Civil Veterinary Department Bihar & Orissa reports 1929-36 - 1929-1936
Year: 1929
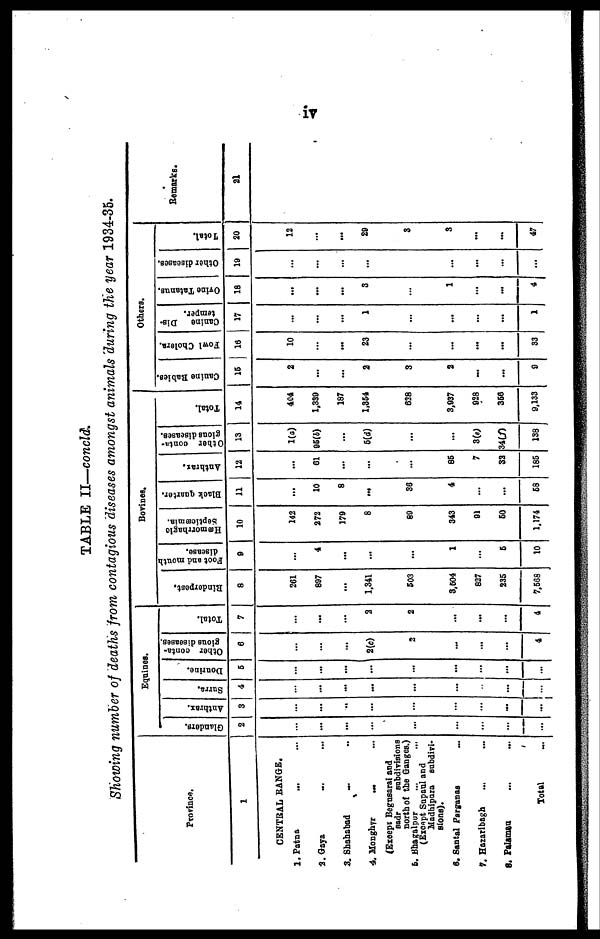
iv
TABLE II—concld.
Showing number of deaths from contagious diseases amongst animals during the year 1934-35.
Province.
1
CENTRAL RANGE.
1.Patna ... ...
2.Gaya ... ...
3. Shahabad ... ...
4. Monghyr ... ...
(Except Begusarai and
sadr
subdivisions
north of the Ganges.)
5. Bhagalpur
(Except Supanl and
Madhipura subdivi-
sions).
6. Santal Parganas ...
7. Hazaribagh ... ...
8. Palamau ... ...
Total ...
Eqaines.
Glanders.
2
...
...
...
...
...
...
...
...
Anthrax.
3
...
...
..
...
...
...
...
...
...
Surra.
4
...
...
...
...
...
...
...
...
...
Dourine.
5
...
...
...
...
...
...
...
...
...
Other conta-
gions diseases.
6
...
...
...
2(c)
2
...
...
...
4
Total.
7
...
...
...
2
2
...
...
...
4
Bovines.
Rinderpest.
8
261
807
...
1,341
503
8.604
827
235
7,568
Foot and mouth
disease.
0
...
4
...
...
...
1
...
6
10
Hæmorrhagic
Septicæmia.
10
142
272
179
8
89
343
91
60
1.174
Black quarter.
11
...
10
8
...
36
4
...
...
68
Anthrax.
12
...
61
...
...
....
86
7
32
186
Other conta-
glous diseases.
13
1(a)
96(4)
...
6(d)
...
...
8(c)
34(f)
138
Total.
14
4C4
1,339
187
1,864
628
3,937
928
366
9,133
Others.
Canine Babies.
15
2
...
...
2
3
2
...
...
9
Fowl Cholera.
16
10
...
...
23
...
...
...
...
33
Canine
Dis-
temper.
17
...
...
...
1
...
...
...
...
1
Ovine Tatanus.
18
...
...
...
3
...
1
...
...
4
Other diseases.
19
...
...
...
...
...
...
...
...
Total.
20
12
...
...
29
3
3
...
...
47
Remarks.
21